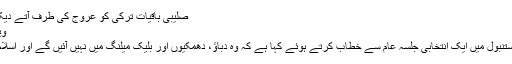
صلیبی باقیات ترکی کو عروج کی طرف آتے دیکھ کر ناخوش اور دلگیر ہیں، ایردوان
ویب ڈیسک بتاریخ 17، مارچ 2019
ترک صدر رجب طیب ایردوان نے استنبول میں ایک انتخابی جلسہ عام سے خطاب کرتے ہوئے کہا ہے کہ وہ دباؤ، دھمکیوں اور بلیک میلنگ میں نہیں آئیں گے اور اسلام دشمنوں کے آگے نہیں جھکیں گے۔